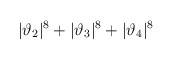
\begin{align*}|\vartheta_2|^8 + |\vartheta_3|^8 +|\vartheta_4|^8\end{align*}